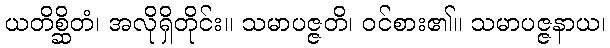
ယတိစ္ဆိတံ၊ အလိုရှိတိုင်း။ သမာပဇ္ဇတိ၊ ဝင်စား၏။ သမာပဇ္ဇနာယ၊